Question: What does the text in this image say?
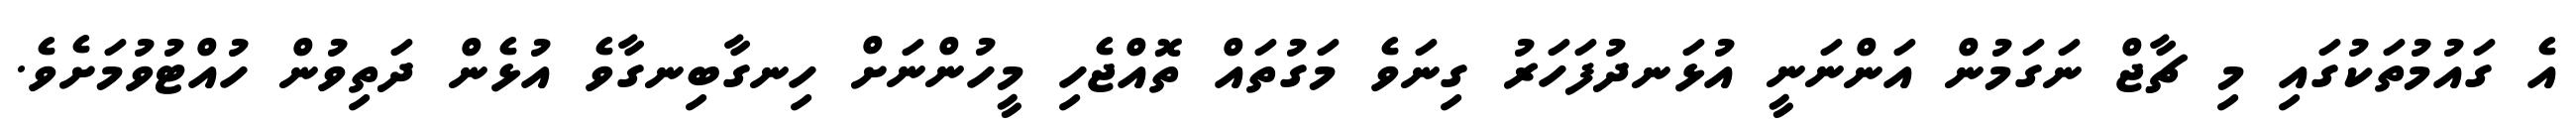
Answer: އެ ގައުމުތަކުގައި މި ޗާޖް ނަގަމުން އަންނަނީ އުޅަނދުފަހަރު ގިނަވެ މަގުތައް ތޮއްޖެހި މީހުންނަށް ހިނގާބިނގާވެ އުޅެން ދަތިވުން ހުއްޓުވުމަށެވެ.